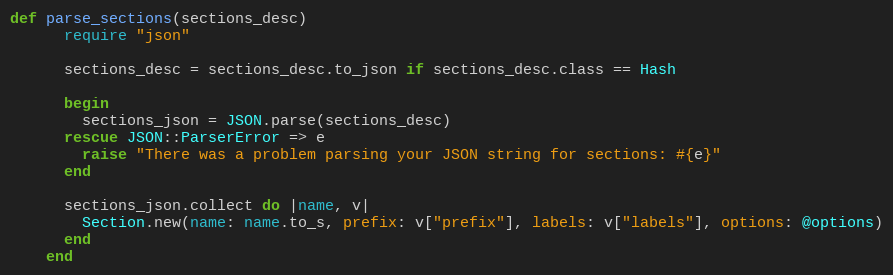
Language: Ruby
def parse_sections(sections_desc)
      require "json"

      sections_desc = sections_desc.to_json if sections_desc.class == Hash

      begin
        sections_json = JSON.parse(sections_desc)
      rescue JSON::ParserError => e
        raise "There was a problem parsing your JSON string for sections: #{e}"
      end

      sections_json.collect do |name, v|
        Section.new(name: name.to_s, prefix: v["prefix"], labels: v["labels"], options: @options)
      end
    end